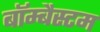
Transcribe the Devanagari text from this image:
बॉम्बैस्टम